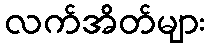
လက်အိတ်များ